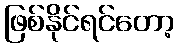
ဖြစ်နိုင်ရင်တော့